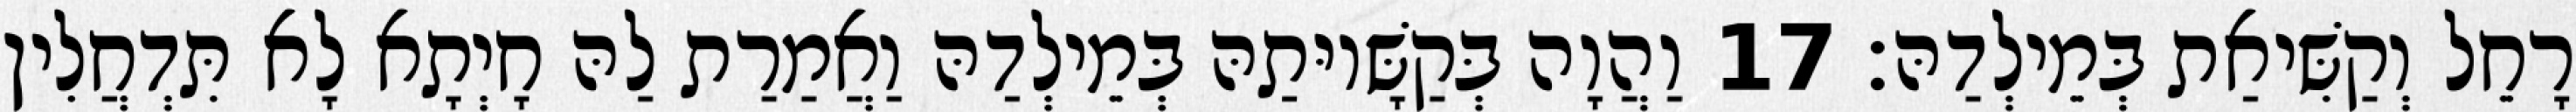
רָחֵל וְקַשִּׁיאַת בְּמֵילְדַהּ׃ 17 וַהֲוָה בְּקַשָּׁיוּתַהּ בְּמֵילְדַהּ וַאֲמַרַת לַהּ חָיְתָא לָא תִּדְחֲלִין